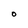
Character: O